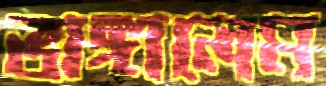
ভাঙ্গালেম